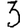
Digit: 3